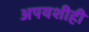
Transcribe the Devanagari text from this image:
अपयशीही